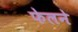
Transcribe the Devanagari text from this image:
फेलने